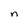
Character: n